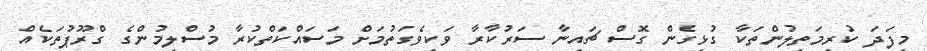
މިފަދަ ކުރިމަތިލުންތަކާ ގުޅިގެން ގޮސް ޗައިނާ ސަރުކާރާ ވަކިވެގަތުމަށް މަސައްކަތްކުރާ މުސްލިމުންގެ ގްރޫޕުތަކެއް